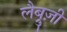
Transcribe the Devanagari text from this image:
लैब्रुज़ी